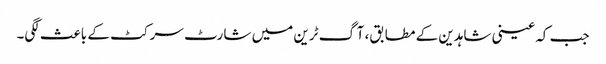
جب کہ عینی شاہدین کے مطابق، آگ ٹرین میں شارٹ سرکٹ کے باعث لگی۔